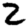
Digit: 2